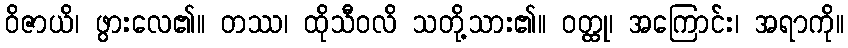
ဝိဇာယိ၊ ဖွားလေ၏။ တဿ၊ ထိုသီဝလိ သတို့သား၏။ ဝတ္ထု၊ အကြောင်း၊ အရာကို။